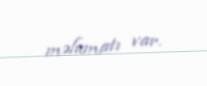
məlumatı var.